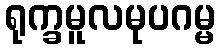
ရုက္ခမူလမုပဂမ္မ